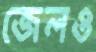
জেলও